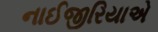
નાઈજીરિયાએ